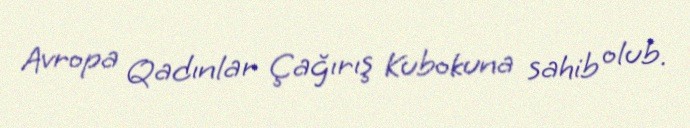
Avropa Qadınlar Çağırış Kubokuna sahib olub.